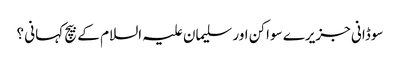
سوڈانی جزیرے سواکن اور سلیمان علیہ السلام کے بیچ کہانی ؟